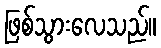
ဖြစ်သွားလေသည်။